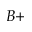
B +